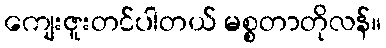
ကျေးဇူးတင်ပါတယ် မစ္စတာတိုလန်။